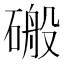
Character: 䃑